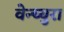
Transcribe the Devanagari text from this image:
वेन्च्युरा